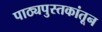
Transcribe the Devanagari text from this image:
पाठ्यपुस्तकांतून